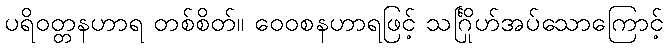
ပရိဝတ္တနဟာရ တစ်စိတ်။ ဝေဝစနဟာရဖြင့် သင်္ဂြိုဟ်အပ်သောကြောင့်